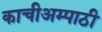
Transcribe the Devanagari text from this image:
काचीअम्पाठी